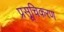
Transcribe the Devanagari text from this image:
प्रसूचिकरण